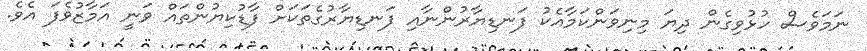
ނަމަވެސް ހުޅުވިގެން ދިޔަ މިނިވަންކަމާއެކު ފަނޑިޔާރުންނާއި ފަނޑިޔާރުގެތަކަށް ފާޑުކިޔުންތައް ވަނީ އަމާޒުވެފަ އެވެ.